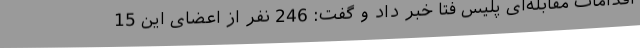
اقدامات مقابله‌ای پلیس فتا خبر داد و گفت: 246 نفر از اعضای این 15